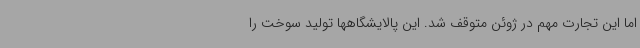
اما این تجارت مهم در ژوئن متوقف شد. این پالایشگاهها تولید سوخت را